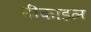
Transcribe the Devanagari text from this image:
मीकाइल